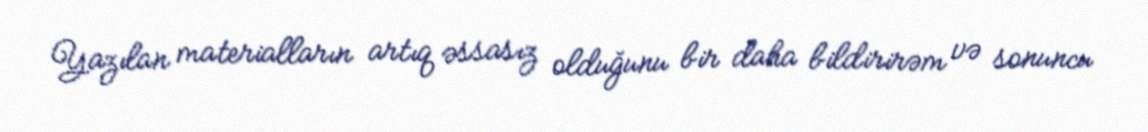
Yazılan materialların artıq əssasız olduğunu bir daha bildirirəm və sonuncu